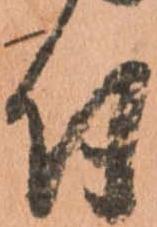
付